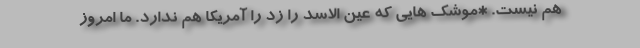
هم نیست. *موشک هایی که عین الاسد را زد را آمریکا هم ندارد. ما امروز